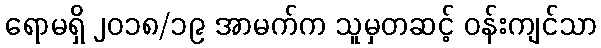
ရောမရှိ ၂၀၁၈/၁၉ အာမက်က သူမှတဆင့် ဝန်းကျင်သာ